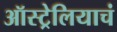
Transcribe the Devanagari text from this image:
ऑस्ट्रेलियाचं